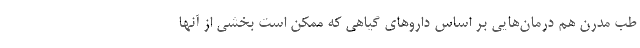
طب مدرن هم درمان‌هایی بر اساس داروهای گیاهی که ممکن است بخشی از آنها